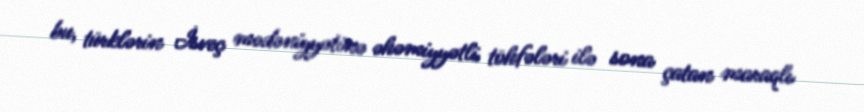
bu, türklərin İsveç mədəniyyətinə əhəmiyyətli töhfələri ilə sona çatan maraqlı